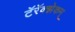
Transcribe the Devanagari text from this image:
टॅरॅक्झेकम्‌